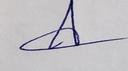
Signature authenticity: genuine